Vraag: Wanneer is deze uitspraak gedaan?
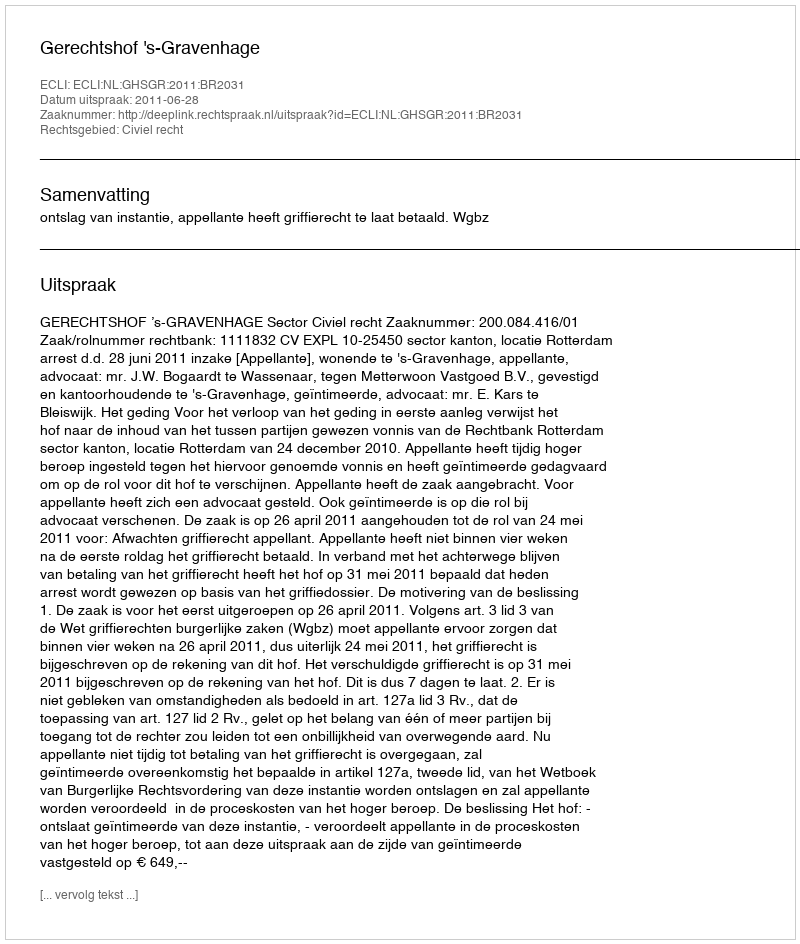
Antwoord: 2011-06-28